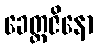
ခေတ္တဇိနော